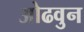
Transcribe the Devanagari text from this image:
ओढवुन